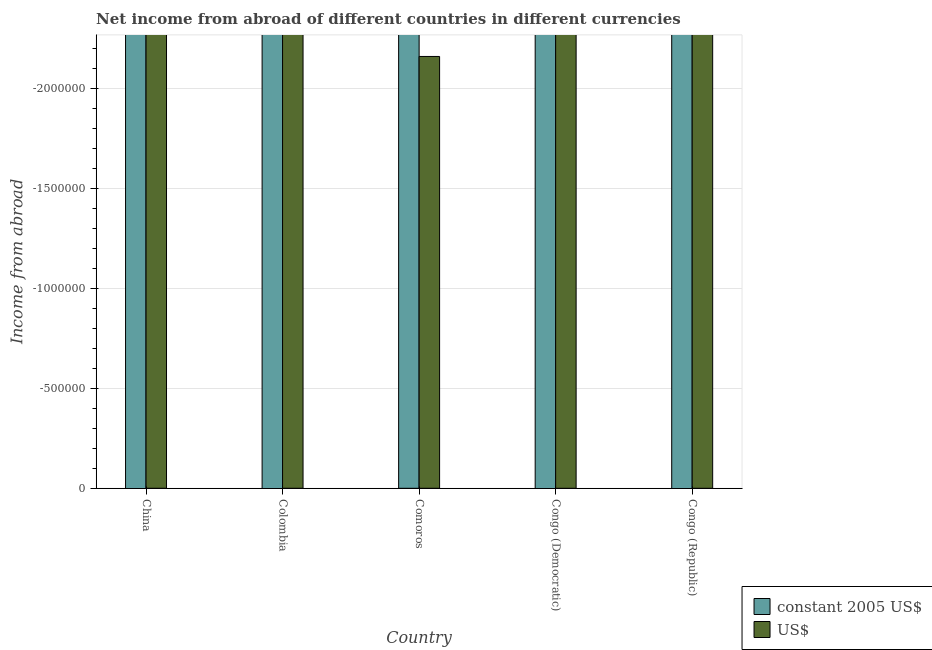
| Country | constant 2005 US$ | US$ |
 | --- | --- | --- |
 | China | -4.25e+10 | -5.13e+09 |
 | Colombia | -1.07e+13 | -4.06e+09 |
 | Comoros | -8.56e+08 | -2.16e+06 |
 | Congo (Democratic) | -1.23e+11 | -3.08e+08 |
 | Congo (Republic) | -7.86e+11 | -1.49e+09 |